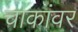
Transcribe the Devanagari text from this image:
चाकांवर